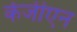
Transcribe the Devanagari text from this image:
केजीएन